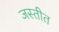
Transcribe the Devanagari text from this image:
जस्तीत